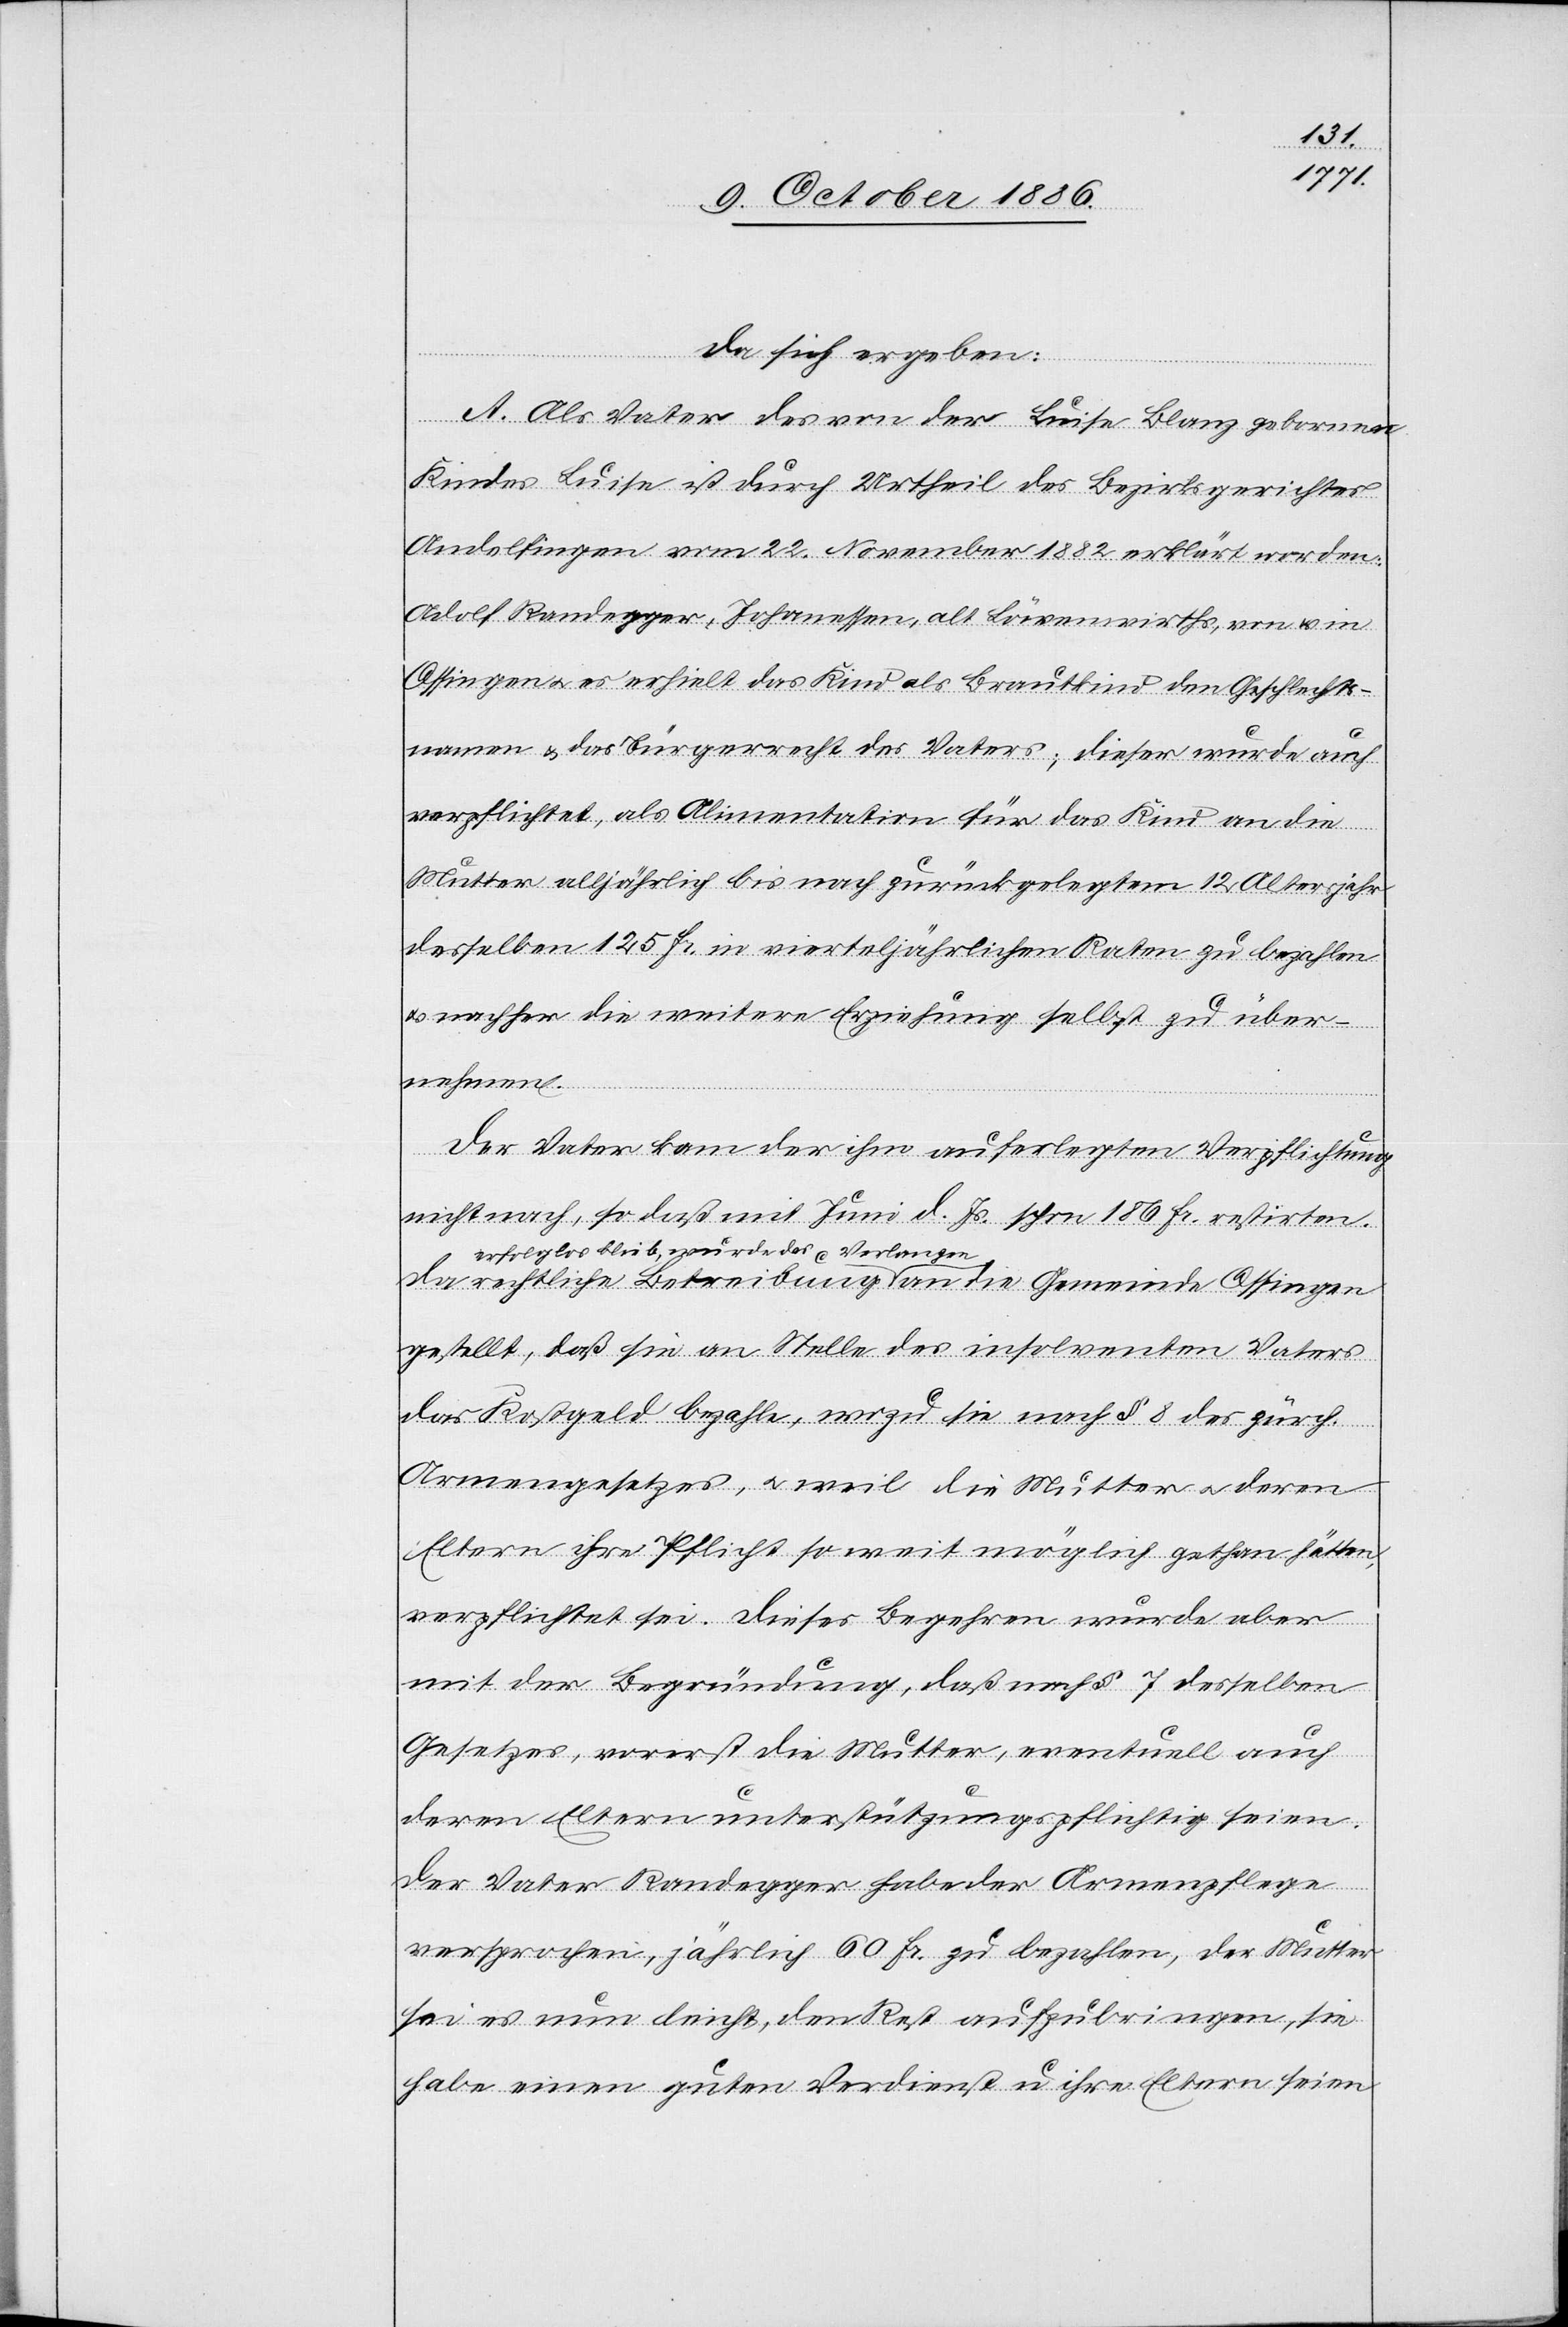
da sich ergeben:
A. Als Vater des von der Luise Blanz gebornen
Kindes Luise ist durch Urtheil des Bezirksgerichtes
Andelfingen vom 22. November 1882 erklärt worden:
Adolf Randegger, Johanessen, alt Löwenwirths, von & in
Ossingen & es erhielt das Kind als Brautkind den Geschlechts¬
namen & das Bürgerrecht des Vaters; dieser wurde auch
verpflichtet, als Alimentation für das Kind an die
Mutter alljährlich bis nach zurückgelegtem 12. Altersjahr
desselben 125 Fr. in vierteljährlichen Raten zu bezahlen
nachher die weitere Erziehung selbst zu über¬
nehmen.
Der Vater kam der ihm auferlegten Verpflichtung
nicht nach, so daß mit Juni d. Js. schon 186 Fr. restirten.
Da rechtliche Betreibung erfolglos blieb, wurde das Verlangen
gestellt, daß sie an Stelle des insolventen Vaters
das Kostgeld bezahle, wozu sie nach § 8 des zürch.
Armengesetzes, & weil die Mutter & deren
Eltern ihre Pflicht so weit möglich gethan hätten,
verpflichtet sei. Dieser Begehren wurde aber
mit der Begründung, daß nach § 7 desselben
Gesetzes, vorerst die Mutter, eventuell auch
deren Eltern unterstützungspflichtig seien
Der Vater Randegger habe der Armenpflege
versprochen, jährlich 60 Fr. zu bezahlen, der Mutter
sei es nun leicht, den Rest aufzubringen, sie
habe einen guten Verdienst u. ihre Eltern seien